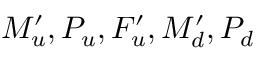
M _ { u } ^ { \prime } , P _ { u } , F _ { u } ^ { \prime } , M _ { d } ^ { \prime } , P _ { d }